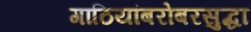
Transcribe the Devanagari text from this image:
गाठियांबरोबरसुद्धा